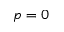
p = 0